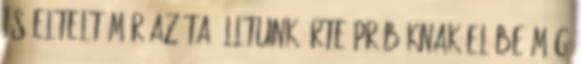
is eltelt már azóta Álltunk érte próbáknak elébe Míg